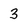
Character: 3